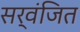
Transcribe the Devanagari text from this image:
सर्वंजित